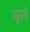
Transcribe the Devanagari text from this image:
मृतं